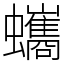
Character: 蠵